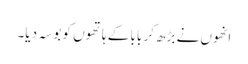
انھوں نے بڑھ کر بابا کے ہاتھوں کو بوسہ دیا۔